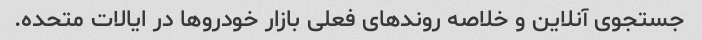
جستجوی آنلاین و خلاصه روندهای فعلی بازار خودروها در ایالات متحده.